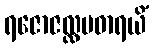
ရဇောဇလ္လမဓာရယိံ